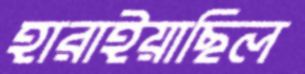
হারাইয়াছিল